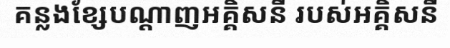
គន្លងខ្សែបណ្តាញអគ្គិសនី របស់អគ្គិសនី